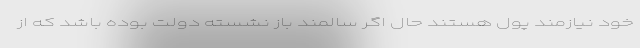
خود نیازمند پول هستند حال اگر سالمند باز نشسته دولت بوده باشد که از